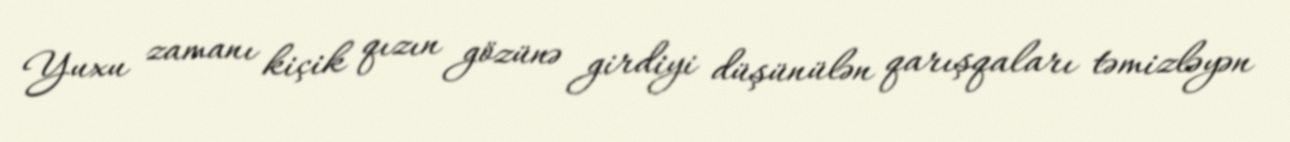
Yuxu zamanı kiçik qızın gözünə girdiyi düşünülən qarışqaları təmizləyən